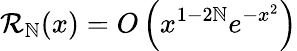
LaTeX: \mathcal{R}_{\mathbb{N}}(x)=O\left(x^{1-2\mathbb{N}}e^{-x^{2}}\right)